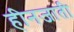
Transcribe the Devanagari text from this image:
हीनजाती